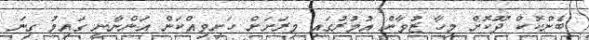
ބެންކޮކް ދޫކޮށް މިހާ ޒުވާން އުމުރުގައި މިރަށަށް ހަށިވިއްކަން އަންނާނީ ގައިމު ގިނަ